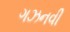
ગઝનવી